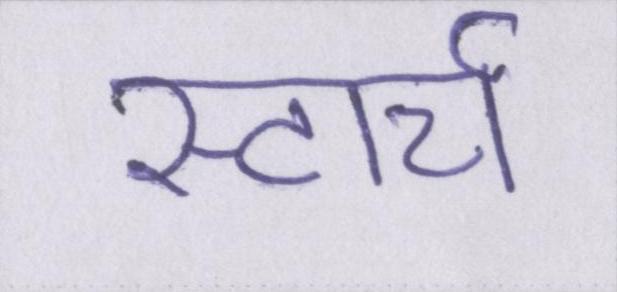
स्टार्च